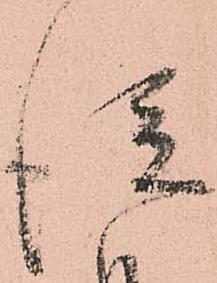
従